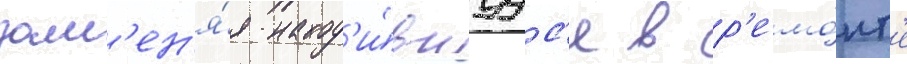
зам'ен'я́я наход'и́вшуус'я в р'емо́нт'е